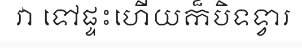
វា ទៅផ្ទះហើយក៏បិទទ្វារ